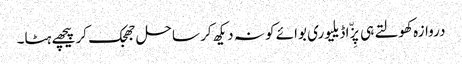
دروازہ کھولتے ہی پِزّا ڈیلیوری بوائے کو نہ دیکھ کر ساحل جھجک کر پیچھے ہٹا۔